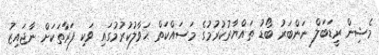
މެޝިން ރީޑަބަލް ނަންބަރު ބޯޑު ތައްޔާރުކުރުމުގެ މަސައްކަތް ޙަވާލުކުރުމުގައި ވަކި ފަރާތަކަށް ނާޖައިޒު